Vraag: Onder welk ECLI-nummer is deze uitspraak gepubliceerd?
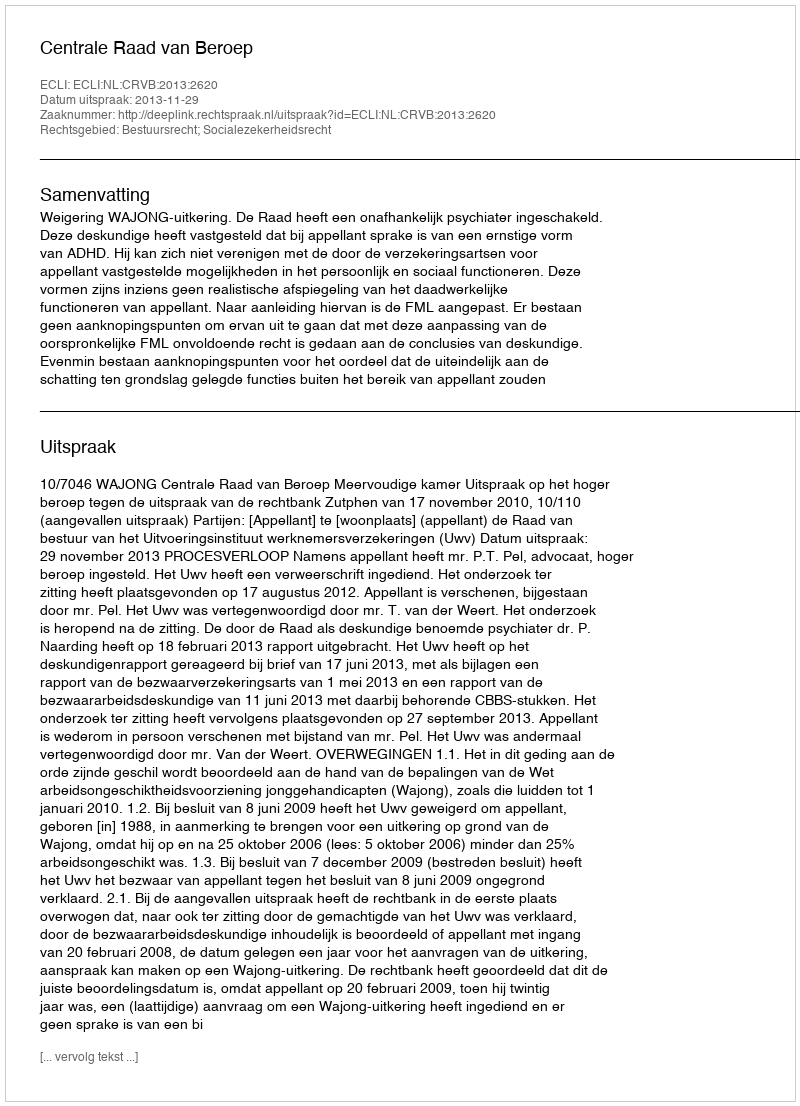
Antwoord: ECLI:NL:CRVB:2013:2620